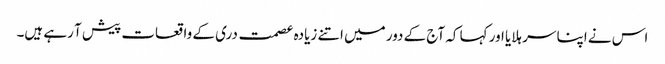
اس نے اپنا سر ہلایا اور کہا کہ آج کے دور میں اتنے زیادہ عصمت دری کے واقعات پیش آ رہے ہیں۔